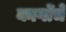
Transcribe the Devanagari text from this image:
कार्गोचे